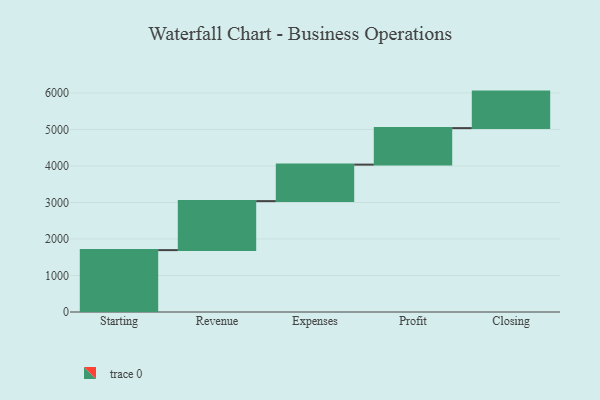
{"axis": {"x": "Step", "y": "Value"}, "legend": [""], "data": [{"x": "Starting", "y": 1695.0, "type": ""}, {"x": "Revenue", "y": 1342.0, "type": ""}, {"x": "Expenses", "y": 1000, "type": ""}, {"x": "Profit", "y": 1000, "type": ""}, {"x": "Closing", "y": 1000, "type": ""}]}